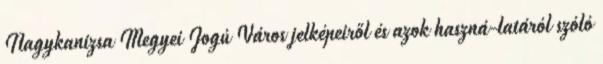
Nagykanizsa Megyei Jogú Város jelképeiről és azok haszná-latáról szóló